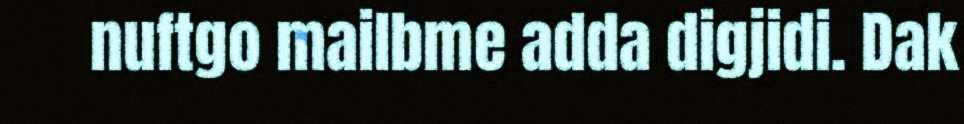
nuftgo mailbme adda digjidi. Dak